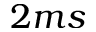
2 m s